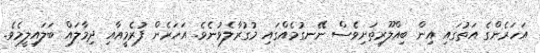
އަހަރެންގެ އަތުގައި އިން ބިއްލޫރިތަށިވެސް ނޭނގުމެއްގައި މުގުރާލެވުނެވެ. އަހަރެން ފުރެމީއާއި ދިމާލައް ބަލައިލީމެވެ.